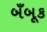
બઁબૂક